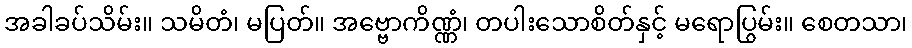
အခါခပ်သိမ်း။ သမိတံ၊ မပြတ်။ အဗ္ဗောကိဏ္ဏံ၊ တပါးသောစိတ်နှင့် မရောပြွမ်း။ စေတသာ၊